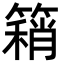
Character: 𥳓